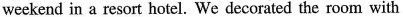
weekend in a resort hotel. We decorated the room with